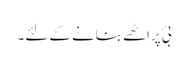
بئ پراٹھے بنانے کے لئے۔